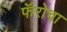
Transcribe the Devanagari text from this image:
फॅरोचा